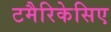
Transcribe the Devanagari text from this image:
टमैरिकेसिए